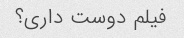
فیلم دوست داری؟